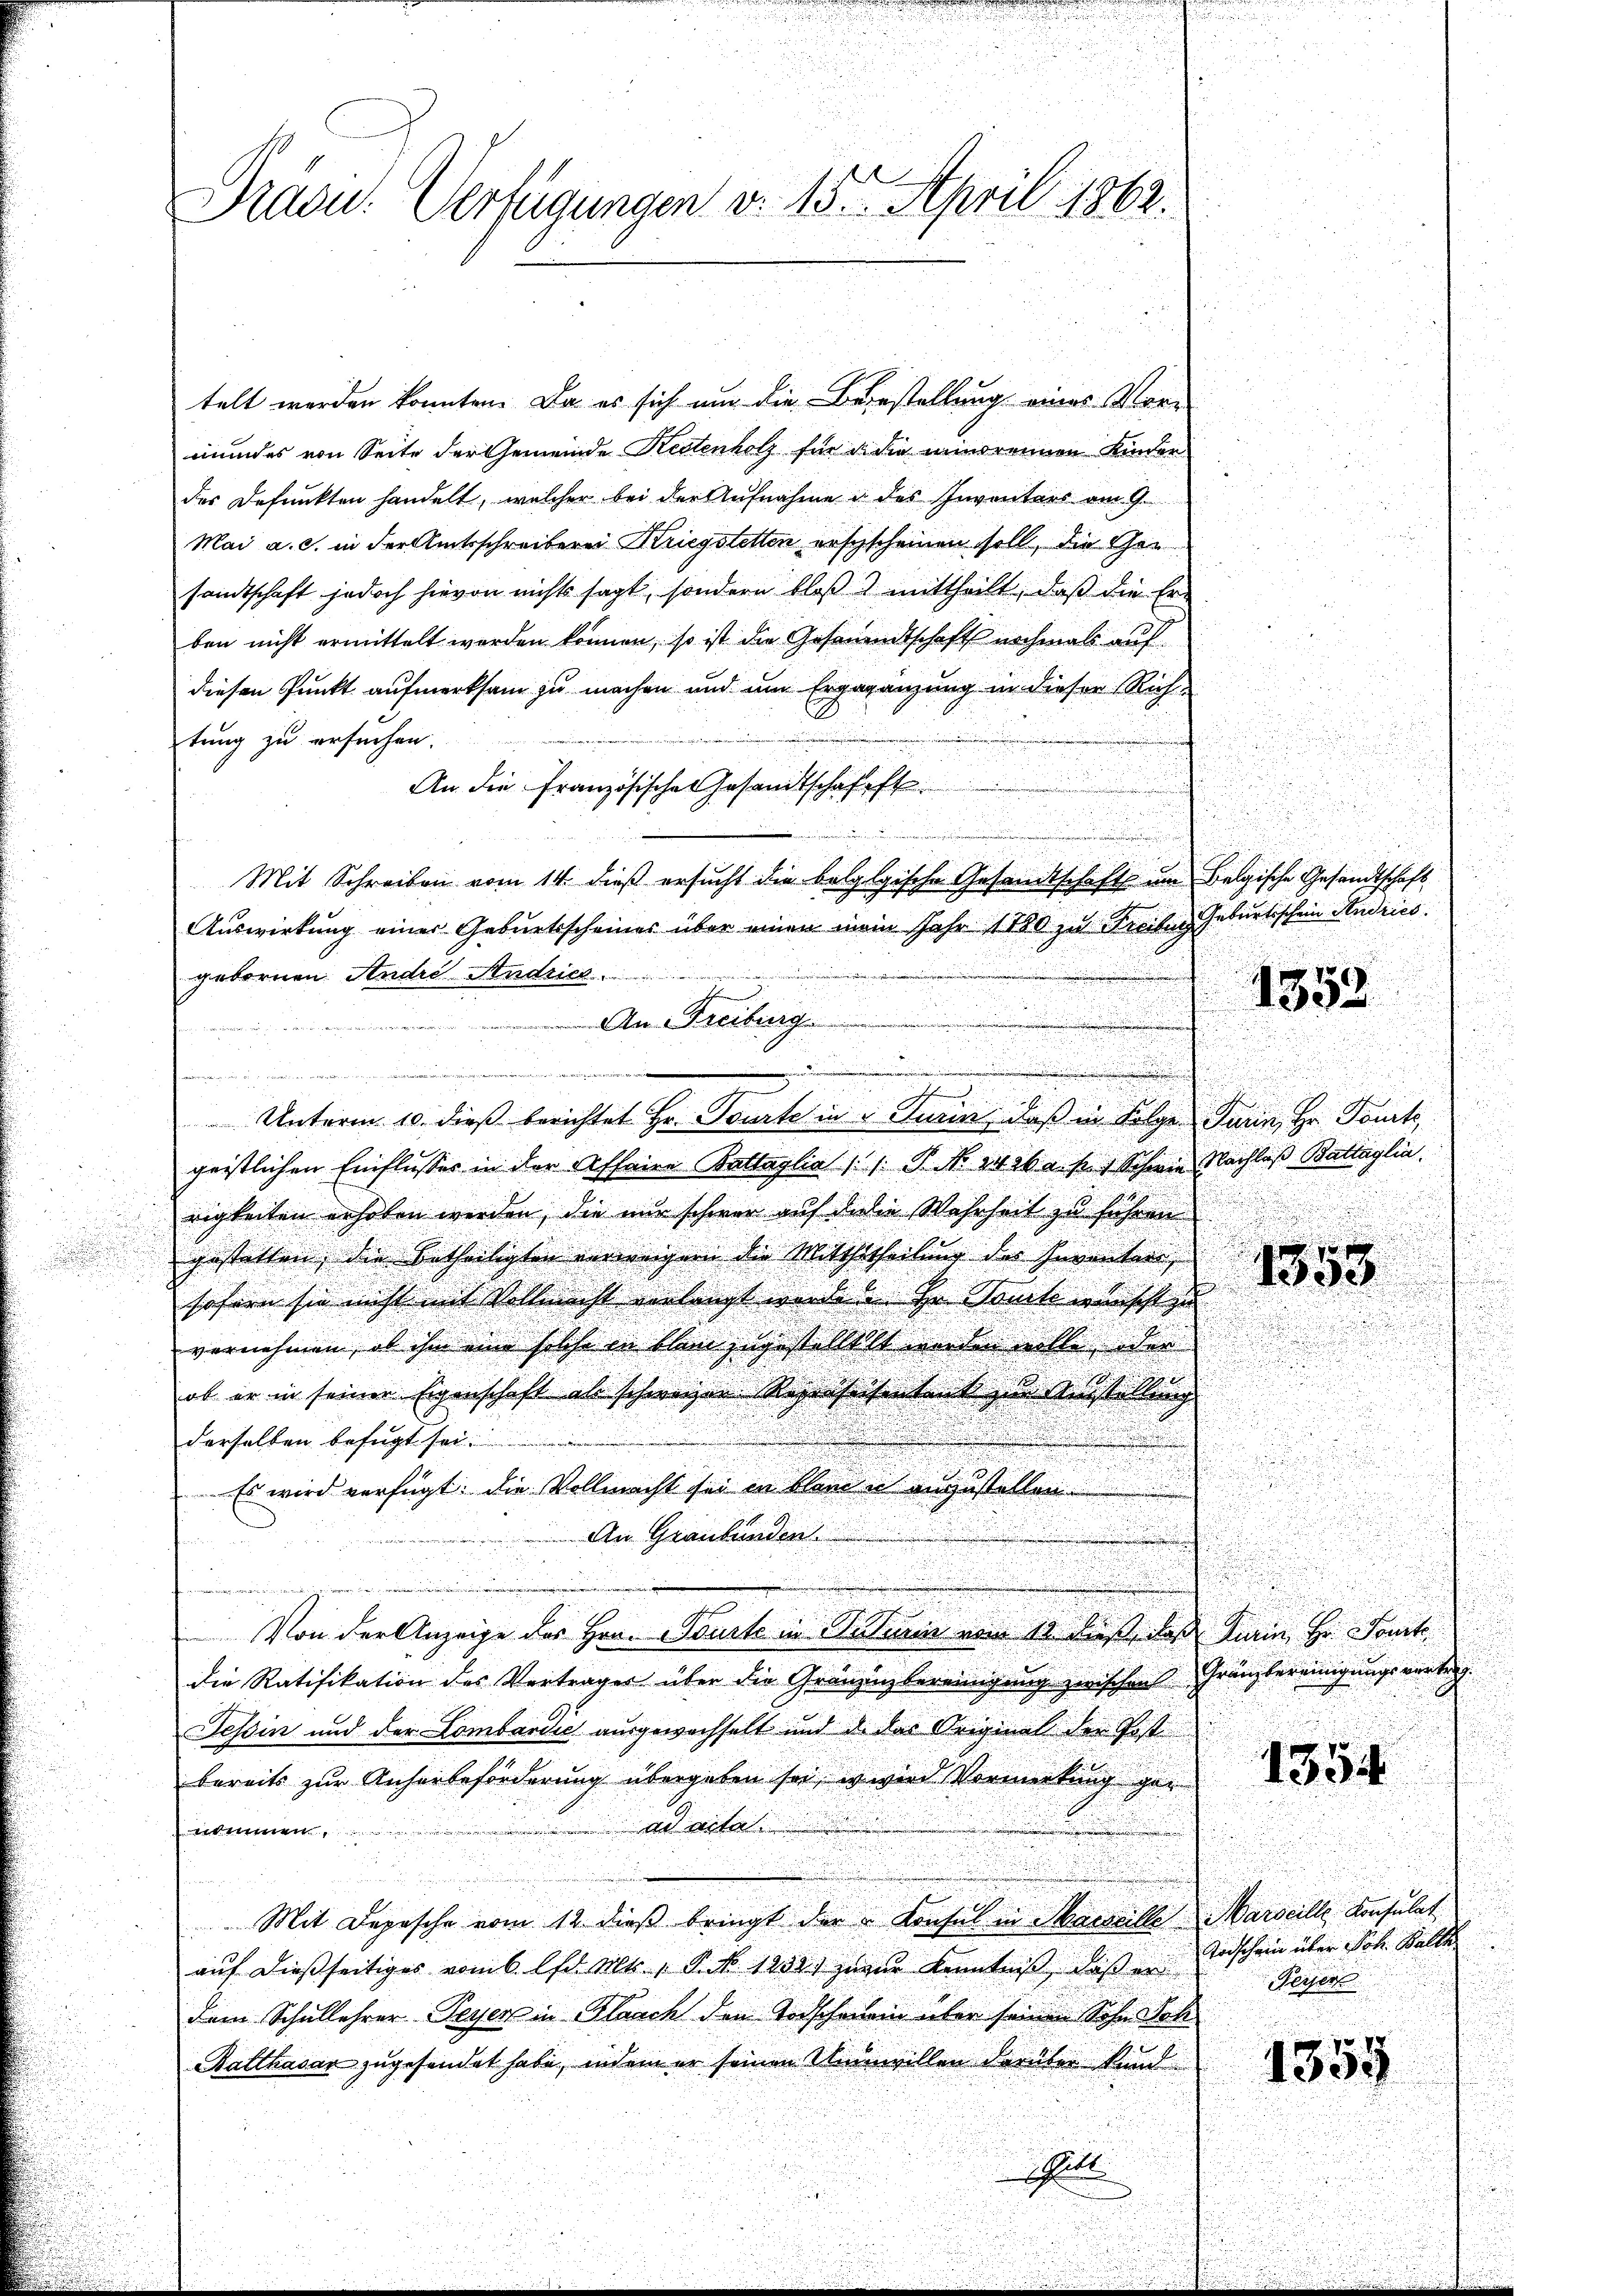
Präsi- Verfügungen d. 155. April 1862.

telt werden konnten. Da es sich um die Bezustellung eines Vor-
mundes von Seite der Gemeinde Kettenholz für di die minorennen Kinder
des defunkten handelt, welcher bei der Aufnahme des Inventars am 9.
Mai a. c. in der Amtsschreiberei Kriegstetten erschscheinen soll, die Gen
sandtschaft jedoch hievon nichts sagt, sondern bloß mittheilt, daß die Er-
ben nicht ermittelt worden können, so ist die Gesandtschaft nochmals auf
diesen Punkt aufmerksam zu machen und um Ergagänzung in dieser Richtung zu ersuchen.
An die Französische Gesandtschafft
Mit Schreiben vom 14. dieß ersucht die belglgische Gesandtschaft im Belgische Gesandtschaft
Auswirkung einer Geburtsscheines über einen mein Jahr 1780 zu Freiben Geburtsschein Andries
gebornen Andre Andrich
e

 Unterm 10. dieß berichtet Hr. Sonnte in Turin, daß in Folge darin, Hr. Sancti
geistlichen Einflusser in der Affaire Kattaglia /: P. NNo. 1426 a. pr. Schwie Nachlaß Battaglia.
rigkeiten erhoben werden, die nur schwer auf da die Wahrheit zu führen
gestatten, die Betheiligten verweigern die Mitthitheilung des Inventen
sofern sie nicht mit Vollmacht verlangt werde. Er auch wünscht zu
vornehmen, ob ihm eine solche in blein zugestelltet worden wolle, der
ob er in seiner Eigenschaft als schweizer Repertheisentank zur Austellung
.
derselben befugt sei.
Es wird verfügt: die Vollmacht sei in bland in anzustellen
An Graubünden

Von der Anzeige des Herr Bourt in Osterin von M. dass das Train. Hr. Sanit
die Ratifikation des Verträger über die Gränzinsbereinigung zwischen
Tessin und der Lombardić ausgewachselt und da das Original der Post
bereits zur Anherbeförderung übergeben sei, w wird Vormerkung gead acta.
nommen

Mit Depesche vom 12. dieß bringt der Konsul in Marseille Marseille Konsulat
auf dießseitiges vom 6. lfd. Mts., P. No 1250) neue Kenntniß, daß er
dem Schullehrer Peyer in Haach den Todschauen über seinen Sohn Soh
Balthasar zugesendet habe, indem er seinen Unwillen darüber kind

n

u
An Freiburg

1353

1353.

Gränzbereinigungswertig

154

Todschein über Joh. Balte
Meisen

1355